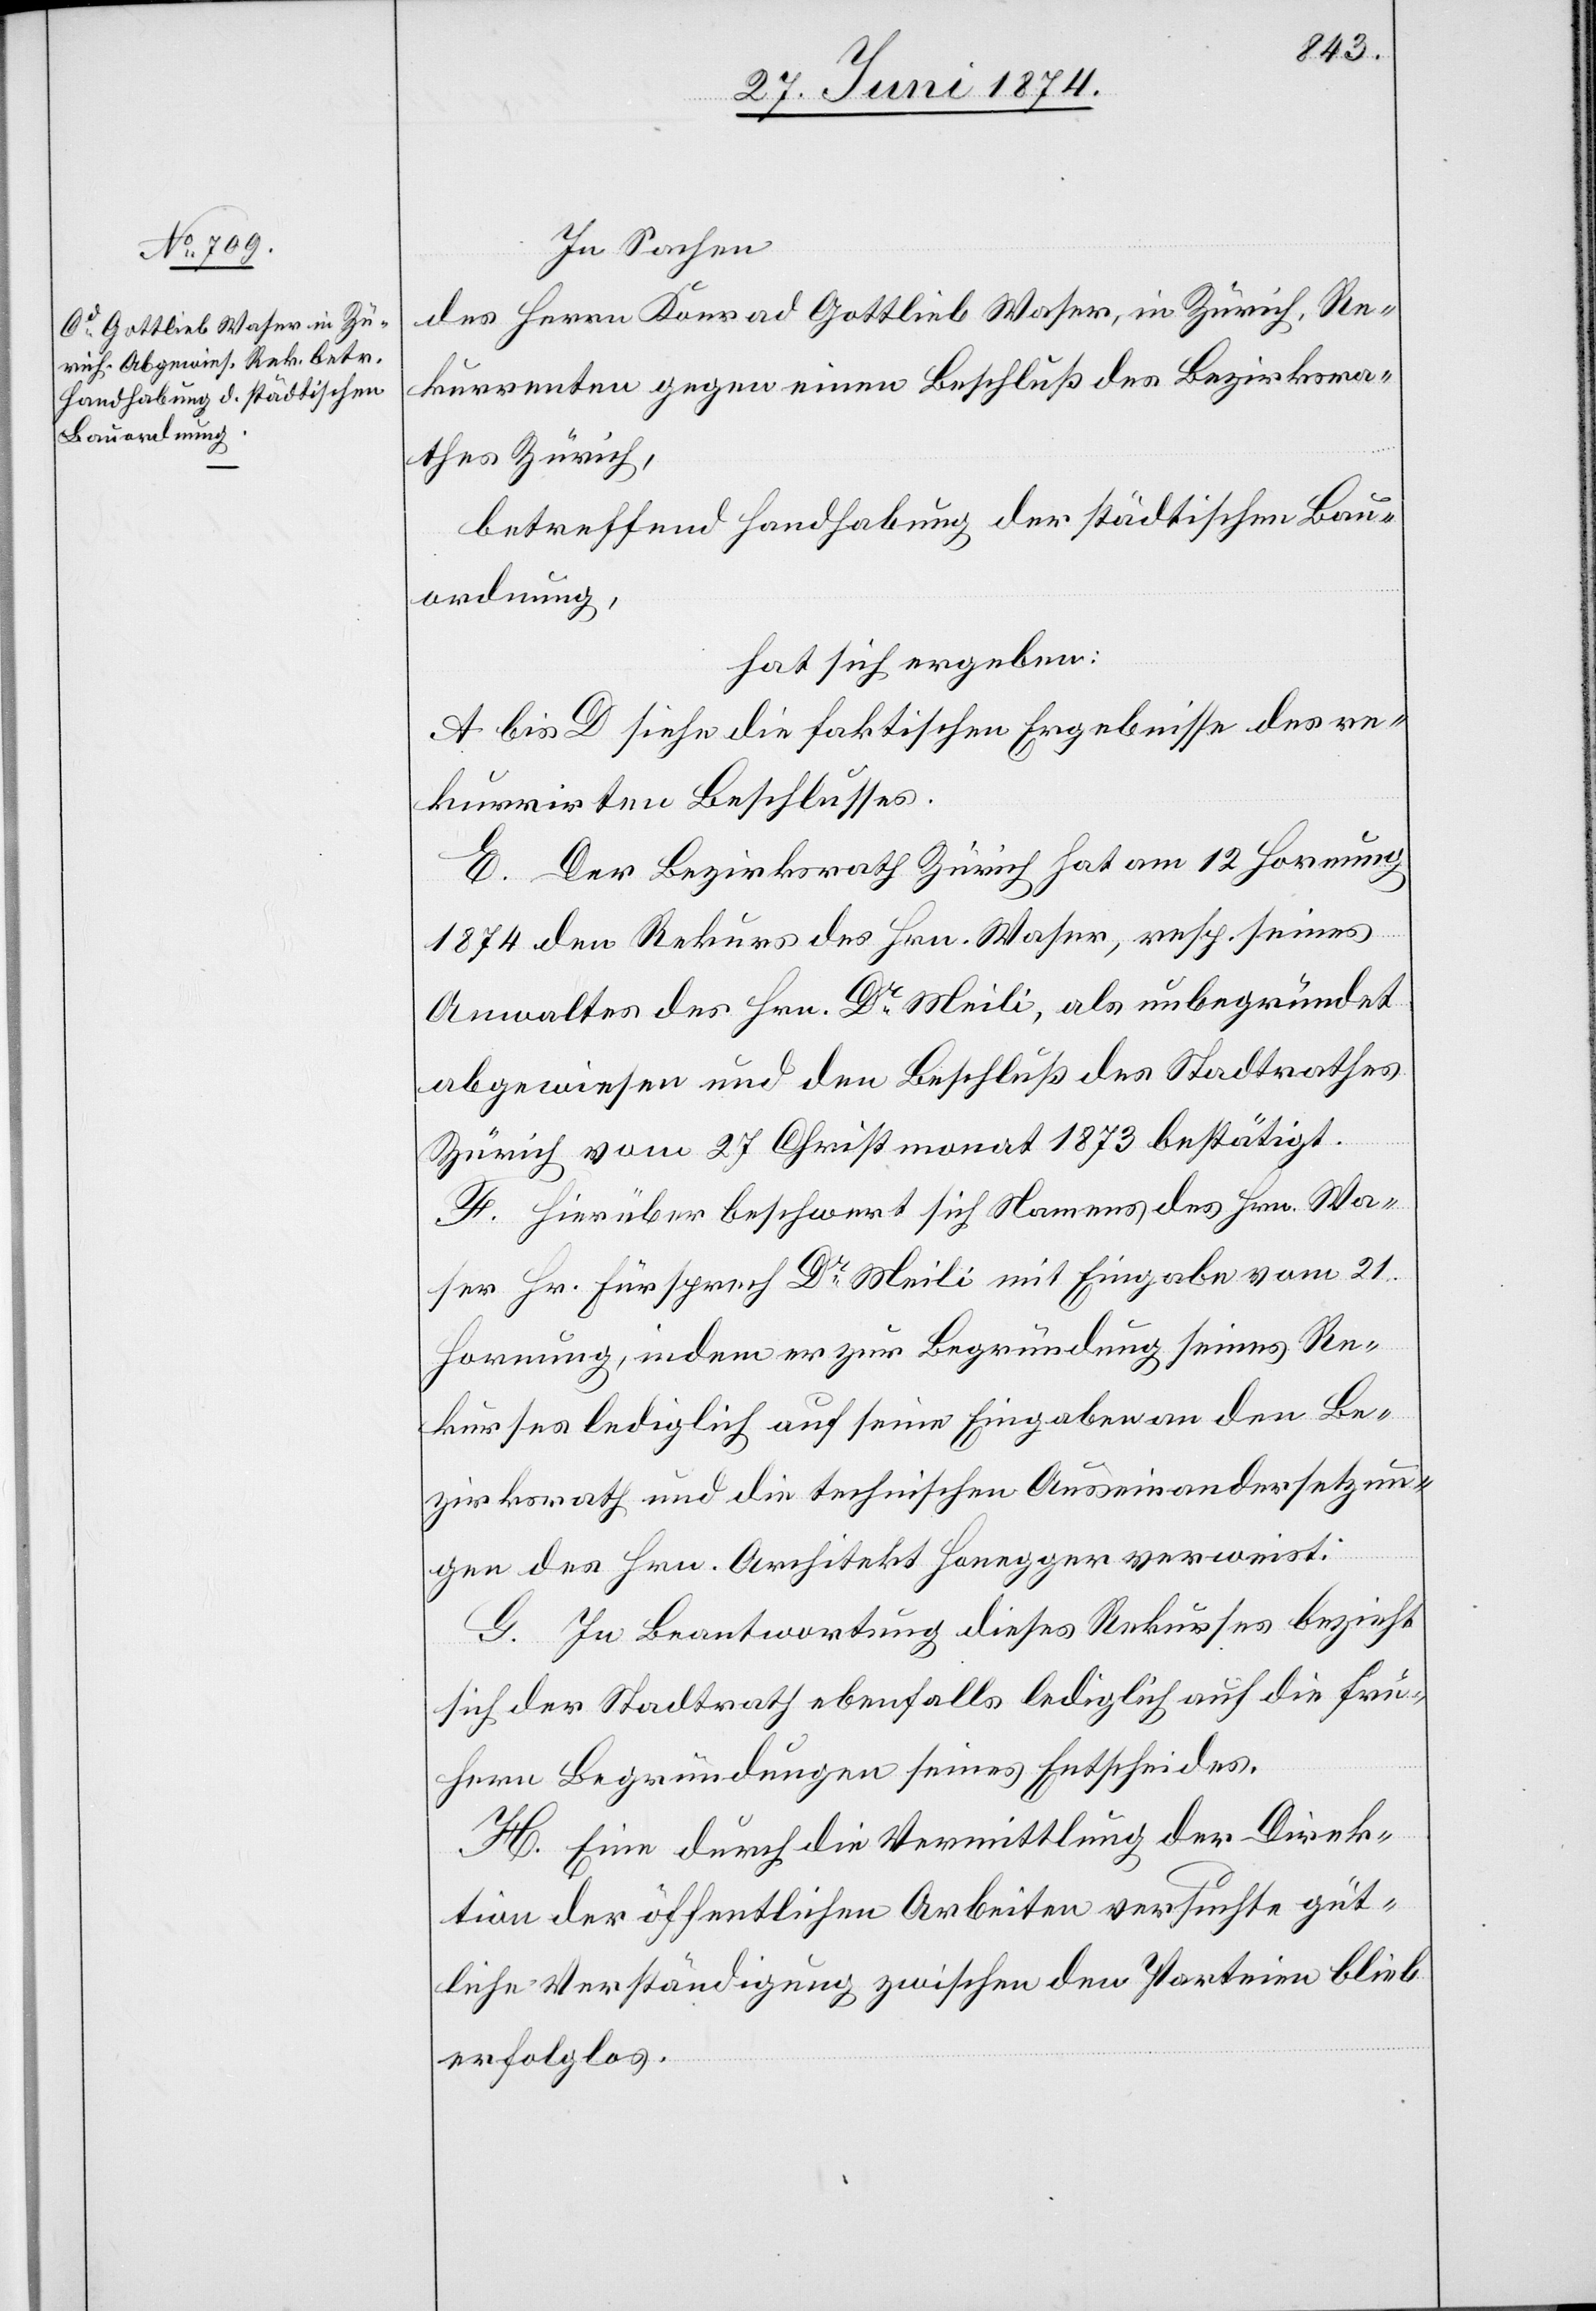
In Sachen
des Herrn Konrad Gottlieb Waser, in Zürich, Re¬
kurrenten gegen einen Beschluß des Bezirksra¬
thes Zürich,
betreffend Handhabung der städtischen Bau¬
ordnung,
hat sich ergeben:
A bis D siehe die faktischen Ergebnisse des re¬
kurrirten Beschlusses.
E. Der Bezirksrath Zürich hat am 12. Hornung
1874 den Rekurs des Hrn. Waser, resp. seines
Anwaltes des Hrn. Dr Meili, als unbegründet
abgewiesen und den Beschluß des Stadtrathes
Zürich vom 27. Christmonat 1873 bestätigt.
F. Hierüber beschwert sich Namens des Hrn. Wa¬
ser Hr. Fürsprech Dr Meili mit Eingabe vom 21.
Hornung, indem er zur Begründung seines Re¬
kurses lediglich auf seine Eingabe an den Be¬
zirksrath und die technischen Auseinandersetzun¬
gen des Hrn. Architekt Honegger verweist.
G. In Beantwortung dieses Rekurses bezieht
sich der Stadtrath ebenfalls lediglich auf die frü¬
hern Begründungen seines Entscheides.
H. Eine durch die Vermittlung der Direk¬
tion der öffentlichen Arbeiten versuchte güt¬
liche Verständigung zwischen den Parteien blieb
erfolglos.